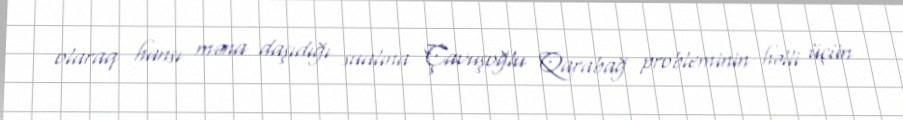
olaraq hansı məna daşıdığı sualına Çavuşoğlu Qarabağ probleminin həlli üçün